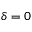
\delta = 0